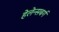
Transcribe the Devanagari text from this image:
हेलेन्सबर्ग